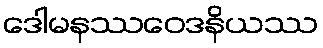
ဒေါမနဿဝေဒနိယဿ